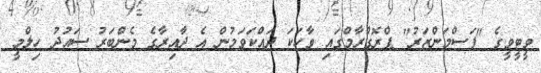
ވީޓީވީގެ "ފަސްމަންޒަރު" ޕްރޮގްރާމްގައި ވާހަކަ ދައްކަވަމުން އެ ދާއިރާގެ މެންބަރު ސައުދު ހިލްމީ